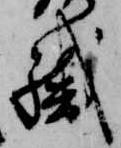
職